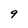
Character: 9